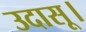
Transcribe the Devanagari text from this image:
उदासू।